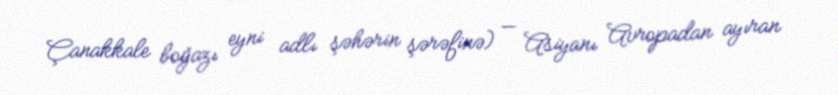
Çanakkale boğazı eyni adlı şəhərin şərəfinə) — Asiyanı Avropadan ayıran